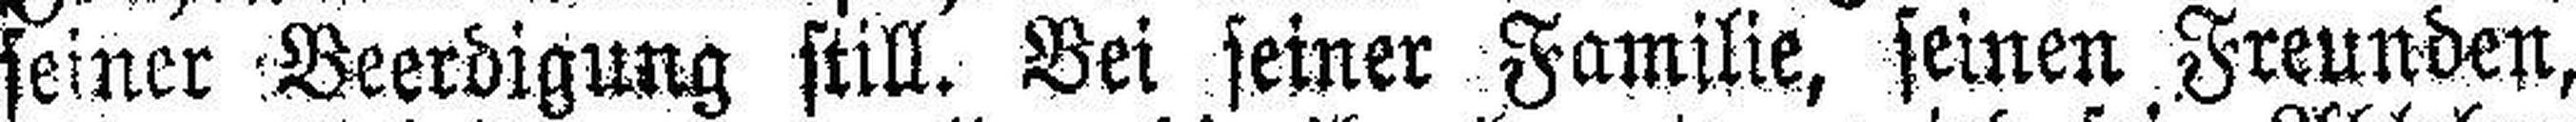
seiner Beerdigung still. Bei seiner Familie, seinen Freunden,